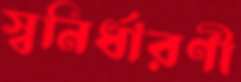
স্বনির্ধারণী